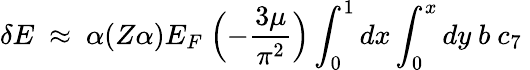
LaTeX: \delta E~\approx~\alpha(Z\alpha)E_{F}~\Bigl(-\frac{3\mu}{\pi^{2}}\Bigr)\int_{0}^{1}{dx}\int_{0}^{x}{dy}~b~c_{7}~